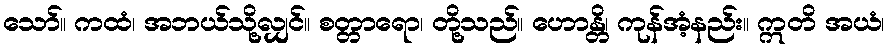
သော်။ ကထံ၊ အဘယ်သို့လျှင်။ စတ္တာရော၊ တို့သည်။ ဟောန္တိ၊ ကုန်အံ့နည်း။ ဣတိ အယံ၊